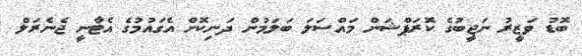
ބޮޑު ވަޒީރު ނަޖީބުގެ ކޮރަޕްޝަން މައްސަލަ ބަލަމުން ދަނިކޮށް އެގައުމުގެ އެޓާނީ ޖެނެރަލް